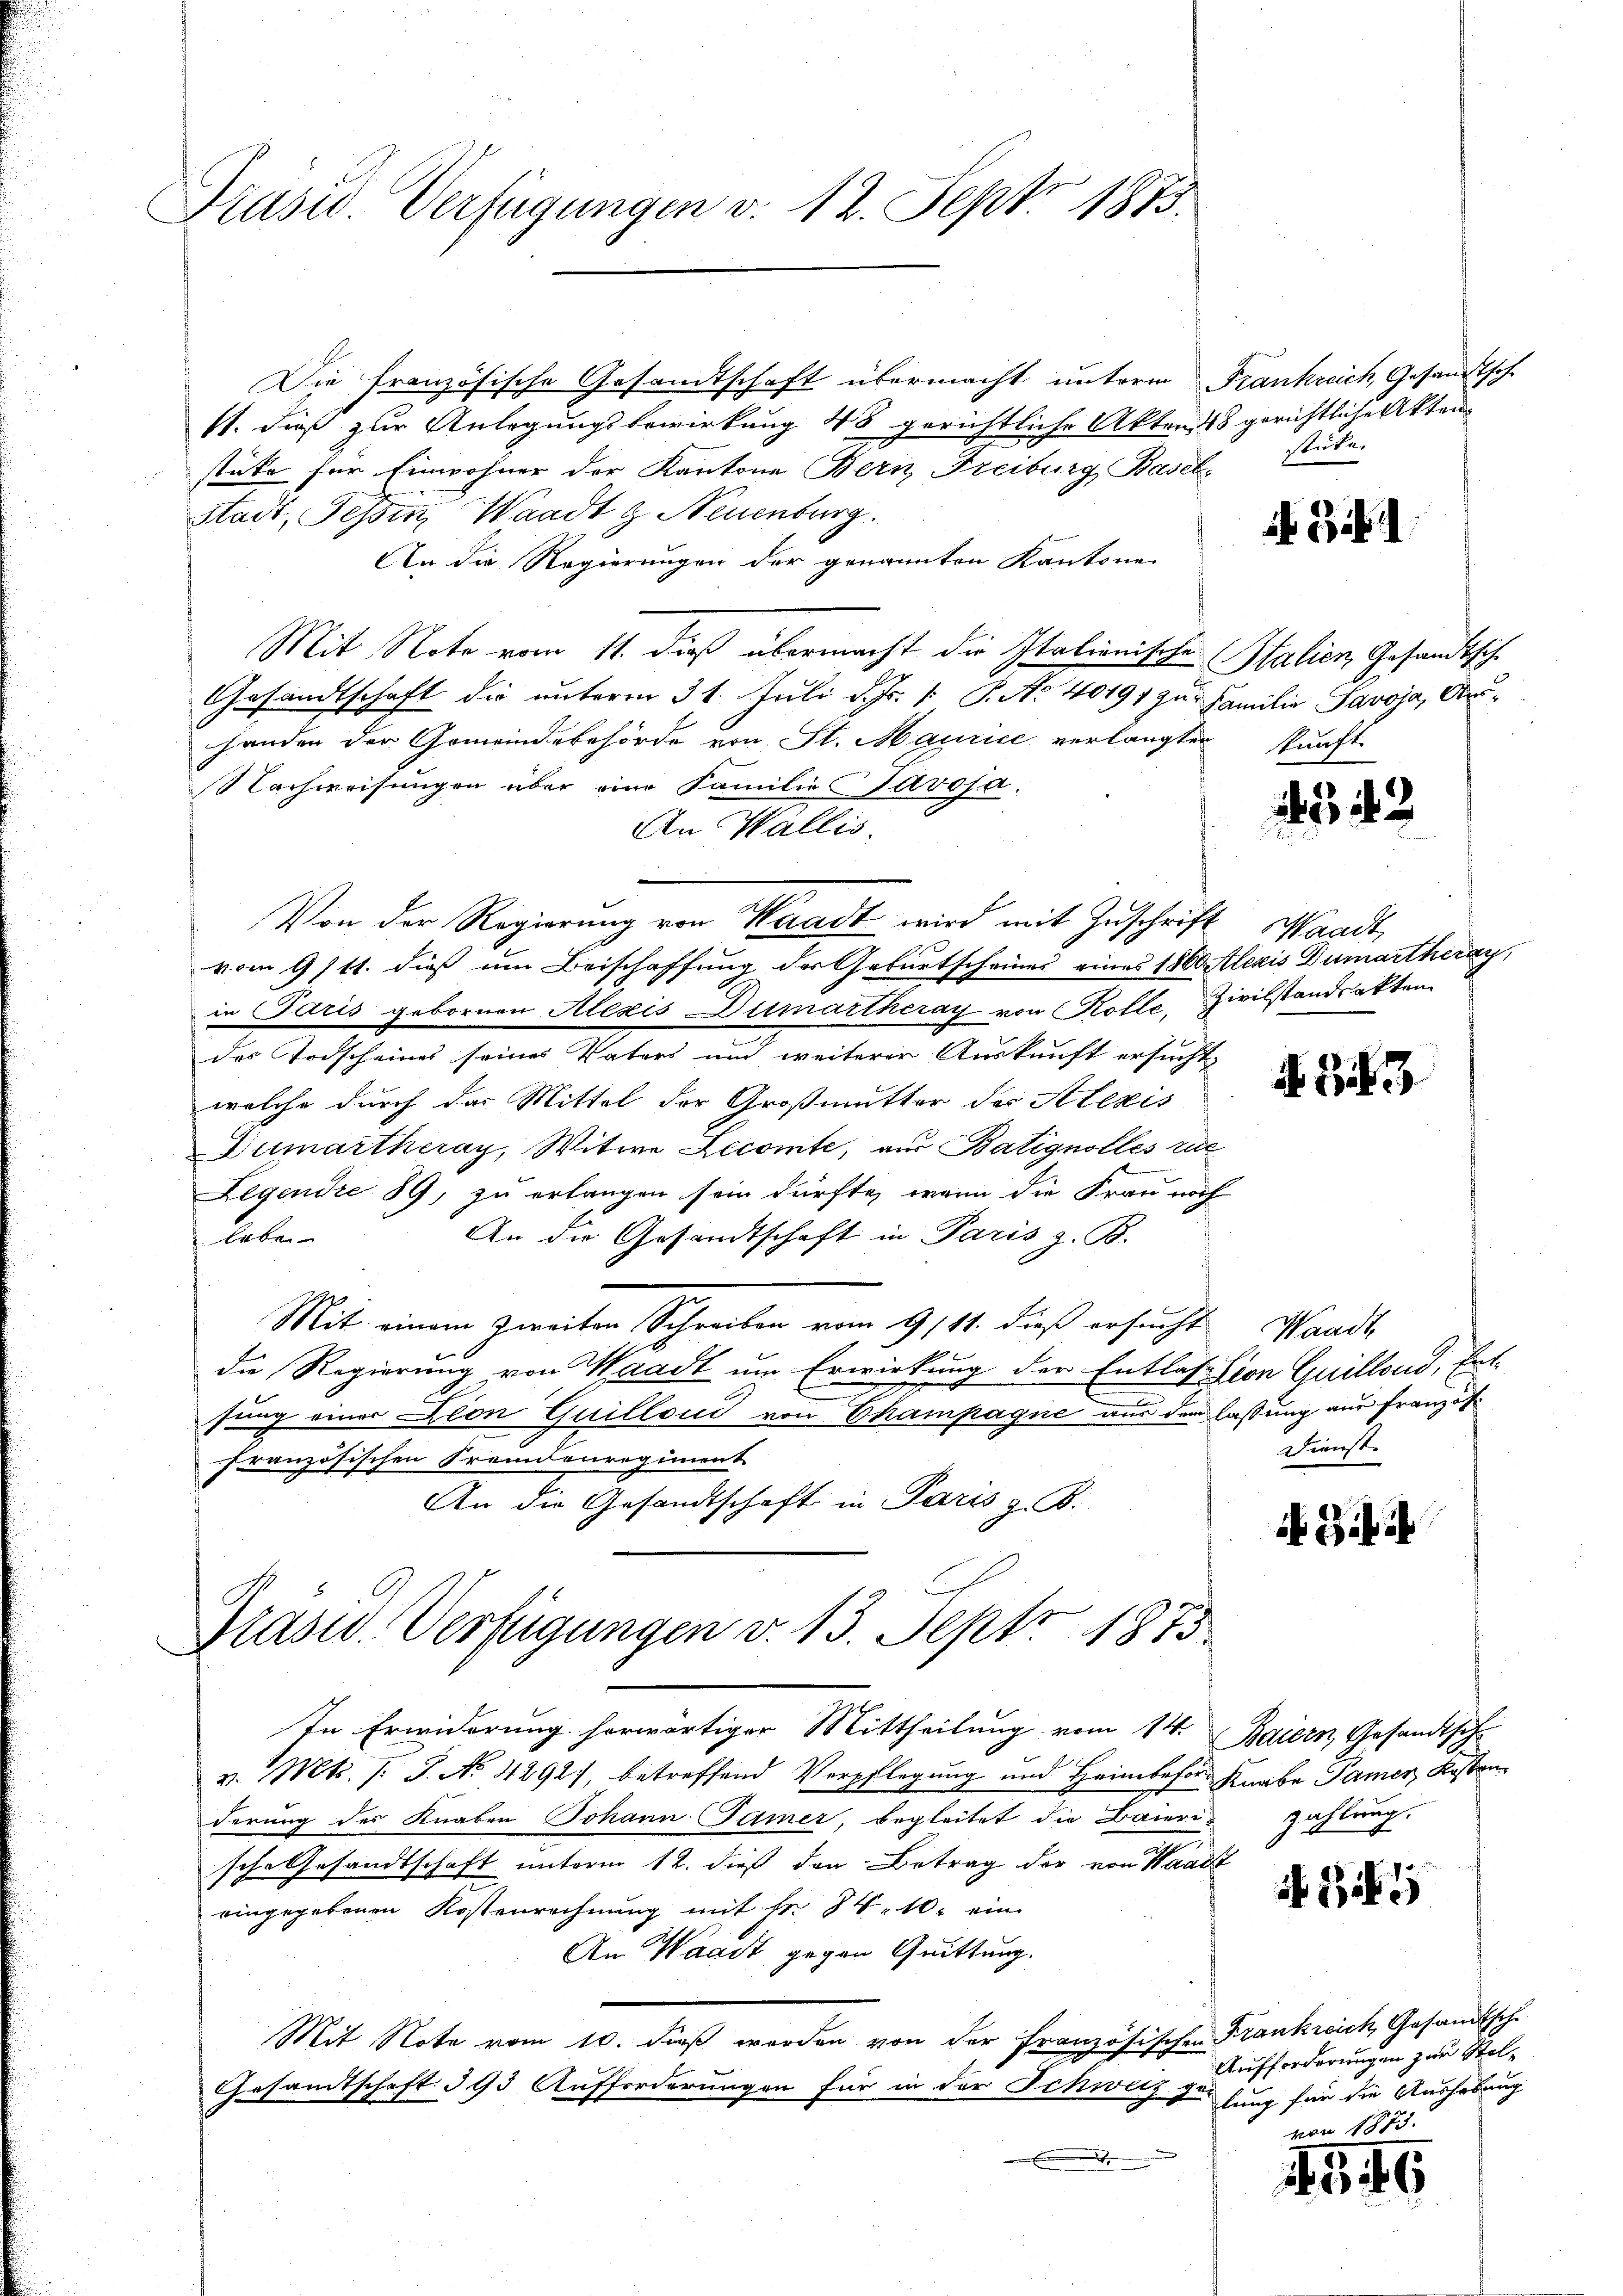
Präsid. Verfügungen v. 12. Sept 1873.

Die französische Gesandtschaft übermacht unterm Frankreich, Gesandtsch
11. dieß zur Anlegungsbewirkung 48 gerichtliche Akten 48 gerichtliche Akten
stüke für Einwohner der Kantone Bern Freiburg Basel, stücke.
Stadt, Tessin, Waadt & Neuenburg.
An die Regierungen der genannten Kantone
Mit Note vom 11. dieß übermacht die Italienische Stalien Gesandtsch
Gesandtschaft die unterm 31. Juli d. Fr. 1 P. No 40191 zu Familie Paroja, Auhanden der Gemeindebehörde von St. Maurice verlangten kunft-
achweisungen über eine Familie Javosa.
An Wallis.
vom 9/11. dieß um Beischaffung des Geburtscheines eines 1860 Alexis Dumartheray,
in Paris gebornen Alexis Dicmartheray von Kolle, Zivilstandsakten
des Todscheines seines Vaters und weiterer Auskunft ersucht,
welche durch das Mittel der Großmutter der Alexis
Dumartheray, Witwe Lecomte, aus Batignolles zut
Legendie 89, zu erlangen sein dürfte, wenn die Frau noch
An die Gesandtschaft in Paris z. B.
leben
Mit einem Zweiten Schreiben vom 9. 111. dieß ersucht
die Regierung von Waadt um Erwirkung der Entlassion Quilland, Entsung einer Dion Guillond von Champagne aus den lassung aus Franzöffranzösischen Fremdenregiment
An die Gesandtschaft in Paris z. B.
Präsid. Verfügungen v. 13. Sept. 1873.

In Erwiderung herwärtiger Mittheilung vom 14. Baiern, Gesandtsch

Von der Regierung von Waadt wird mit Zuschrift

v. Mts. f. J. No 4292), betreffend Verpflegung und Heimbesor Knabe Pamer, Kostenderung des Knaben Johann Gamer, begleitet die Baierische Gesandtschaft unterm 12. dieß den Betrag der von Waadt
eingegebenen Kostenrechnung mit Fr. 8. 10. ein
An Waadt gegen Quittung.
Mit Note vom 10. dieß werden von der Französischen Frankreich, Gesandtsch
Gesandtschaft § 93 Aufforderungen für in der Schweiz gesung für die Aushebung
.

3

342

Waadt,

A 33

Waadt,
Dienst.

Gii

zahlung.

546

Aufforderungen zur Stelvon 1873.